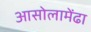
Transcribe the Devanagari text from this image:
आसोलामेंढा